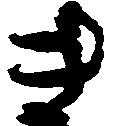
き